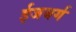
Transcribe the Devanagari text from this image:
ईजबर्ग